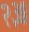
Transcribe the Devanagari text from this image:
२३॥